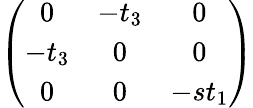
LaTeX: \begin{array}{r}{\left(\begin{array}{ccc}{0}&{-t_{3}}&{0}\\ {-t_{3}}&{0}&{0}\\ {0}&{0}&{-st_{1}}\end{array}\right)}\end{array}